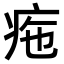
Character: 𤵚